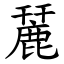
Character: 麉